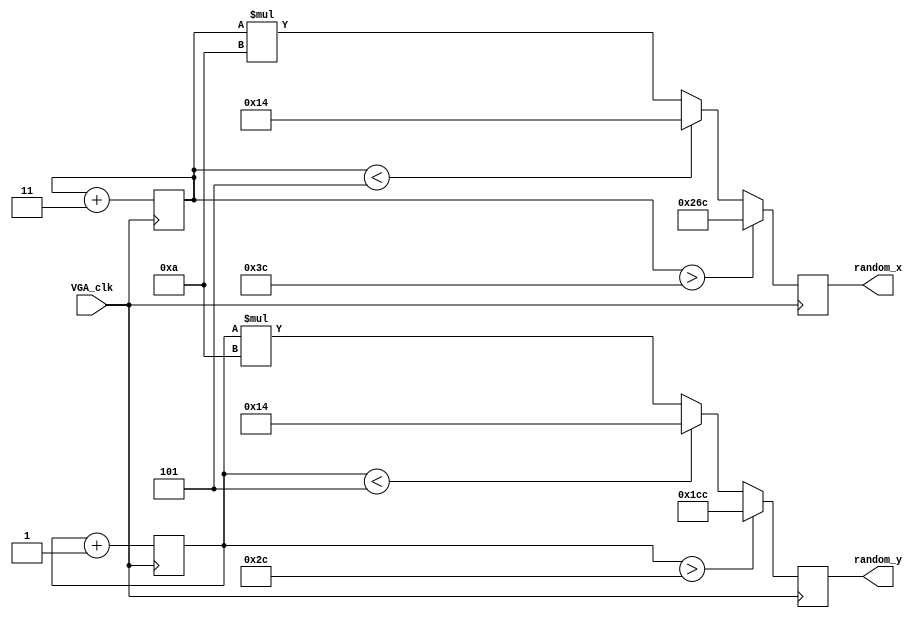
module modul_random(input VGA_clk,
					     output reg [9:0] random_x,
						  output reg [8:0] random_y);

	reg [5:0] point_x, point_y = 10;

	always @(posedge VGA_clk)
		point_x <= point_x + 3;	
		
	always @(posedge VGA_clk)
		point_y <= point_y + 1;
		
	always @(posedge VGA_clk)
	begin	
	
		if(point_x>60)
			random_x <= 620;
		else if (point_x<5)
			random_x <= 20;
		else
			random_x <= (point_x * 10);
			
	end
	
	always @(posedge VGA_clk)
	begin
	
		if(point_y>44)
			random_y <= 460;
		else if (point_y<5)
			random_y <= 20;
		else
			random_y <= (point_y * 10);
			
	end
endmodule